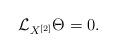
LaTeX: \begin{align*}\mathcal{L}_{X^{\left[ 2\right] }}\Theta =0. \end{align*}